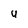
Character: y